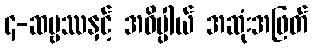
၄-ဆဗ္ဗဿနှင့် အဓိပ္ပါယ် အဆုံးအဖြတ်